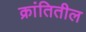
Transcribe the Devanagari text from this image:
क्रांतितील